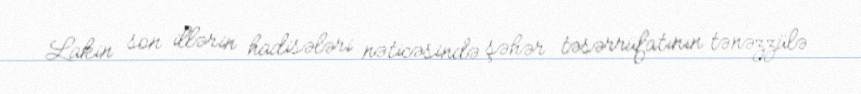
Lakin son illərin hadisələri nəticəsində şəhər təsərrüfatının tənəzzülə